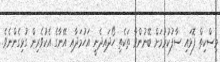
މިސްކިތް ފޮޅައި ސާފުކުރުމަށް ބޭނުންވާ ތަކެތި ހޯދައިދެނީ އަހުމަދާއި އޭނާގެ އެކުވެރިން ގުޅިގެންނެވެ.